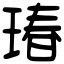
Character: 瑃